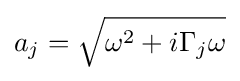
a_{j}={\sqrt {\omega ^{2}+i\Gamma _{j}\omega }}